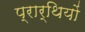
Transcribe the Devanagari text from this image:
प्रार्थियों